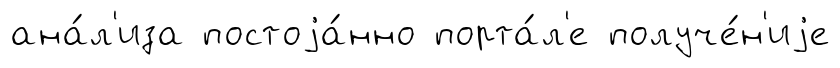
ана́л'иза постоjа́нно порта́л'е получе́н'иjе